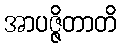
အာပဇ္ဇိတာတိ